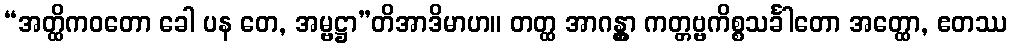
“အတ္ထိကဝတော ခေါ ပန တေ, အမ္ဗဋ္ဌာ”တိအာဒိမာဟ။ တတ္ထ အာဂန္တွာ ကတ္တဗ္ဗကိစ္စသင်္ခါတော အတ္ထော, ဧတဿ